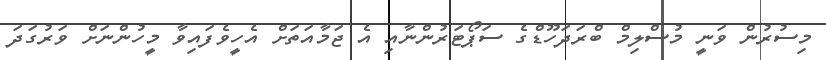
މިސުރުން ވަނީ މުސްލިމް ބްރަދަހޫޑްގެ ސަޕޯޓަރުންނާއި އެ ޖަމާއަތަށް އެހީވެފައިވާ މީހުންނަށް ވަރުގަދަ